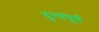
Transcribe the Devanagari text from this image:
दुग्धचूर्ण